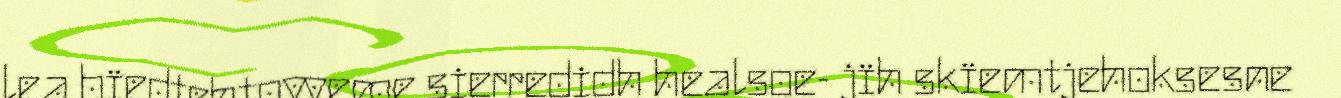
lea bïedtehtovveme sierredidh healsoe- jïh skïemtjehoksesne